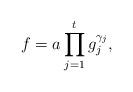
LaTeX: \begin{align*}f=a\prod\limits_{j=1}^tg_j^{\gamma_j},\end{align*}